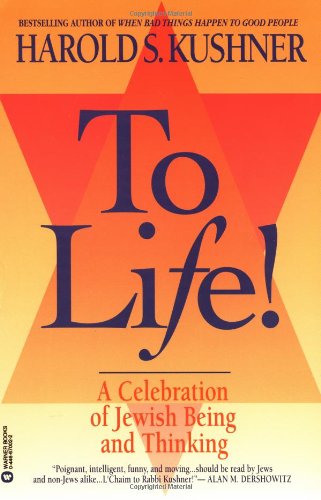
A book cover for To Life: A Celebration of Jewish Being and Thinking; Harold S. Kushner; Religion & Spirituality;